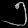
Digit: ၅